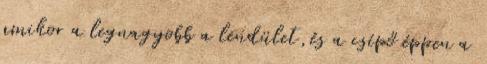
amikor a legnagyobb a lendület,és a csípő éppen a